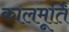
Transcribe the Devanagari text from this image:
कालमूर्तिं